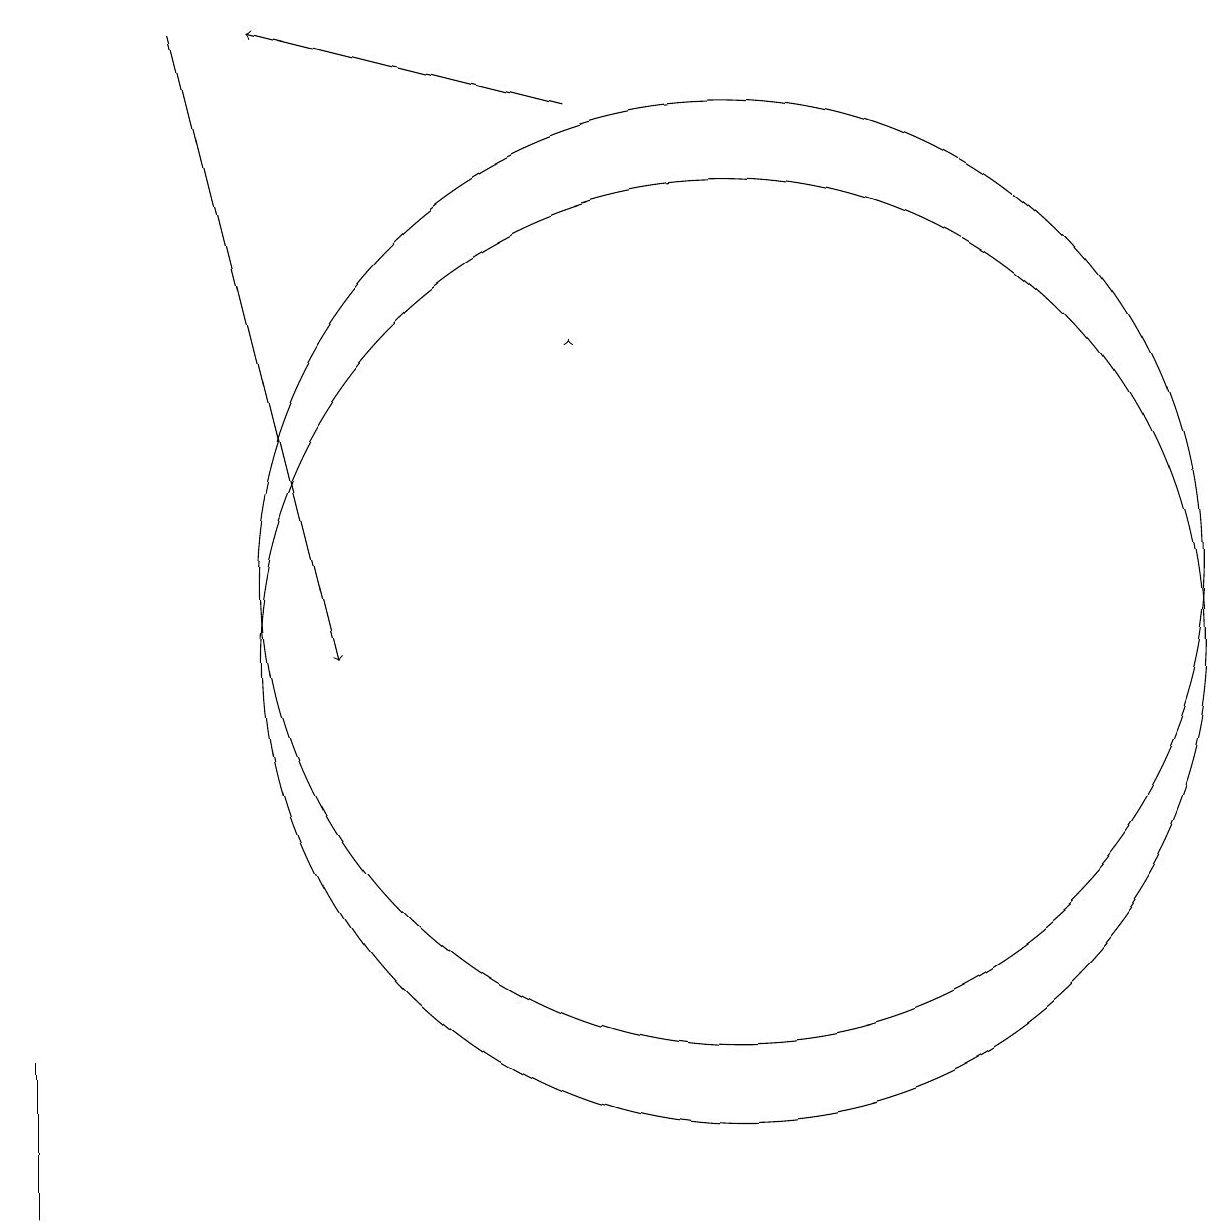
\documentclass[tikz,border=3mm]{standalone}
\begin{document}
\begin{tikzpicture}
\draw (10,11) circle (6);
\draw (10,10) circle (6);
\draw (1,3) -- (1,4) -- (1,5) -- cycle;
\draw[->] (8,17) -- (4,18);
\draw[->] (8,14) -- (8,14);
\draw[->] (3,18) -- (5,10);
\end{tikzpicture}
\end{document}